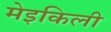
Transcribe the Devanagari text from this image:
मेइकिली